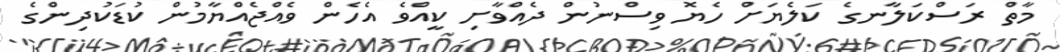
މާތް ރަސްކަލާނގެ ކަލެޔަށް ހެޔޮ ވިސްނުން ދެއްވާށި ކީއްވެ އެހެން ވެއްޖެއްޔާމުން ކުޑަކުދިންގެ